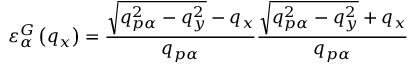
\varepsilon _ { \alpha } ^ { G } \left( { { q } _ { x } } \right) = \frac { \sqrt { q _ { p \alpha } ^ { 2 } - q _ { y } ^ { 2 } } - { q _ { x } } } { { q _ { p \alpha } } } \frac { \sqrt { q _ { p \alpha } ^ { 2 } - q _ { y } ^ { 2 } } + { q _ { x } } } { { q _ { p \alpha } } }